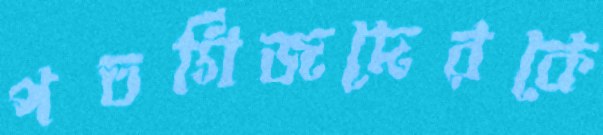
পতর্গিজদেরকে